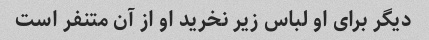
دیگر برای او لباس زیر نخرید او از آن متنفر است